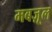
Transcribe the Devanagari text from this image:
मबज़ूल